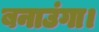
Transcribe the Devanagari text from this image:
बनाउंगा।